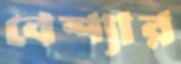
বেশ্যার